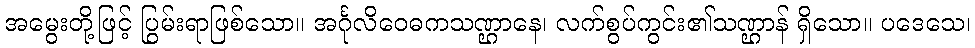
အမွေးတို့ဖြင့် ပြွမ်းရာဖြစ်သော။ အင်္ဂုလိဝေဓကသဏ္ဌာနေ၊ လက်စွပ်ကွင်း၏သဏ္ဌာန် ရှိသော။ ပဒေသေ၊